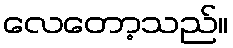
လေတော့သည်။